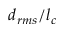
d _ { r m s } / l _ { c }